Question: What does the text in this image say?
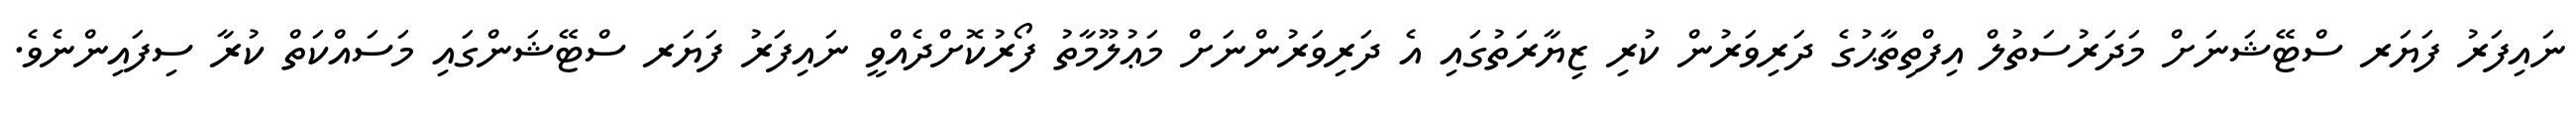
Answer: ނައިފަރު ފަޔަރ ސްޓޭޝަނަށް މަދަރުސަތުލް އިފްތިތާޙުގެ ދަރިވަރުން ކުރި ޒިޔާރަތުގައި އެ ދަރިވަރުންނަށް މަޢުލޫމާތު ފޯރުކޮށްދެއްވީ ނައިފަރު ފަޔަރ ސްޓޭޝަންގައި މަސައްކަތް ކުރާ ސިފައިންނެވެ.